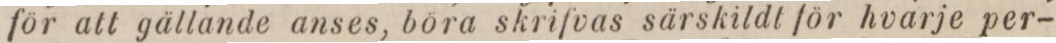
för att gällande anses, böra skrifvas särskildt för hvarje per-